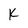
Character: K